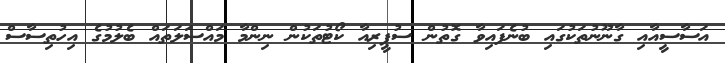
އަސާސީއާއި ގާނޫނުތަކުގައި ބުނެފައިވާ ގޮތުން ސުޕީރިއާ ކޯޓުތަކުން ނިންމާ މައްސަލަތައް ބެލުމުގެ އިހުތިސާސް